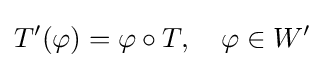
T'(\varphi )=\varphi \circ T,\quad \varphi \in W'